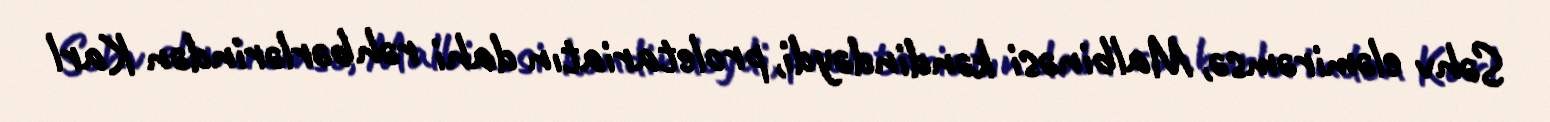
Səhv eləmirəmsə, Malbinəsi kəndindəydi, proletariatın dahi rəhbərlərindən Karl